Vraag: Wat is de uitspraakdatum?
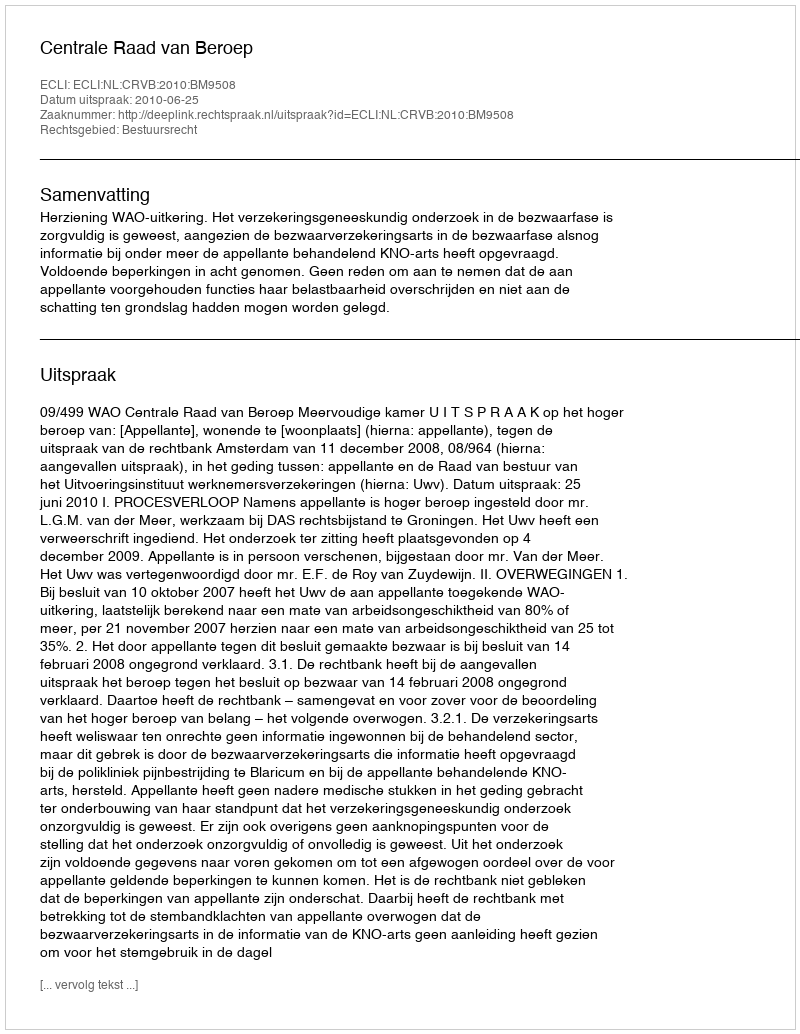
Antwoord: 2010-06-25